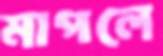
মাপলে